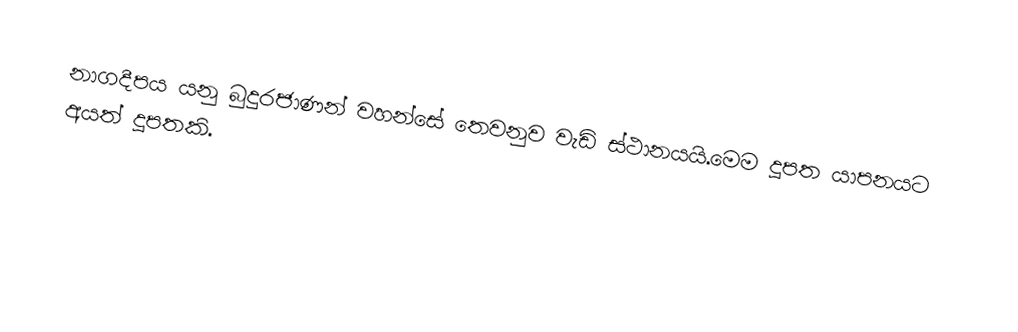
නාගදීපය යනු බුදුරජාණන් වහන්සේ තෙවනුව වැඩි ස්ථානයයි.මෙම දූපත යාපනයට අයත් දූපතකි.